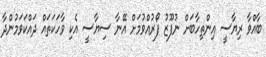
ބާއްވާ ރިޔާސީ އިންތިހާބަށް ނުފޫޒު ފޯރުއްވުމަށް އޭނާ ސިޔާސީ އެކި ވާހަކަތައް ދައްކަވަމުންދާ